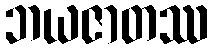
ဘယဇာတဿ